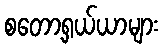
စတော့ရှယ်ယာများ